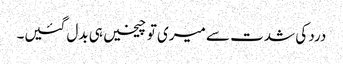
درد کی شدت سے میری تو چیخیں ہی بدل گئیں۔